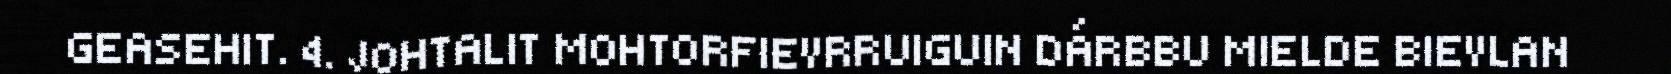
GEASEHIT. 4. JOHTALIT MOHTORFIEVRRUIGUIN DÁRBBU MIELDE BIEVLAN